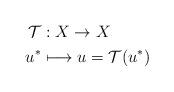
LaTeX: \begin{align*}\begin{aligned}\mathcal{T} &: X \rightarrow X\\u^* &\longmapsto u = \mathcal{T}(u^*)\end{aligned}\end{align*}